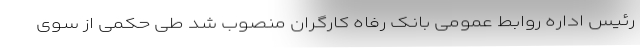
رئیس اداره روابط عمومی بانک رفاه کارگران منصوب شد طی حکمی از سوی